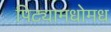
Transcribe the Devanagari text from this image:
पिट्यामधोमध